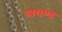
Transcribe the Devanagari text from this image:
त्रयण्ड